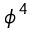
\phi ^ { 4 }